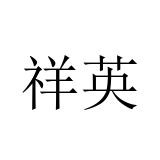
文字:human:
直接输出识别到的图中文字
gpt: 祥英